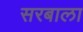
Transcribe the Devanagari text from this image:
सरबाला